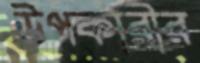
উপকারীর